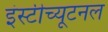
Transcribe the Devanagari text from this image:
इंस्टीच्यूटनल